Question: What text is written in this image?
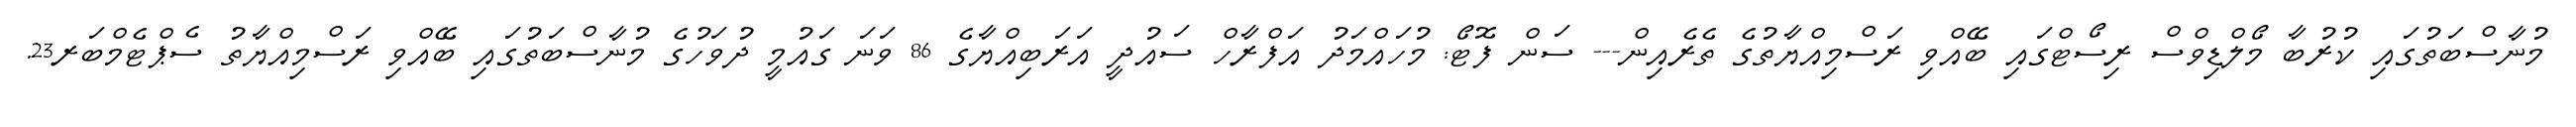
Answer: މުނާސްބަތުގައި ކުރުބާ މޯލްޑިވްސް ރިސޯޓްގައި ބޭއްވި ރަސްމިއްޔާތުގެ ތެރެއިން--- ސަން ފޮޓޯ: މުހައްމަދު އަފްރާހް ސައުދީ އަރަބިއްޔާގެ 86 ވަނަ ގައުމީ ދުވަހުގެ މުނާސްބަތުގައި ބޭއްވި ރަސްމިއްޔާތު ސެޕްޓެމްބަރ23.